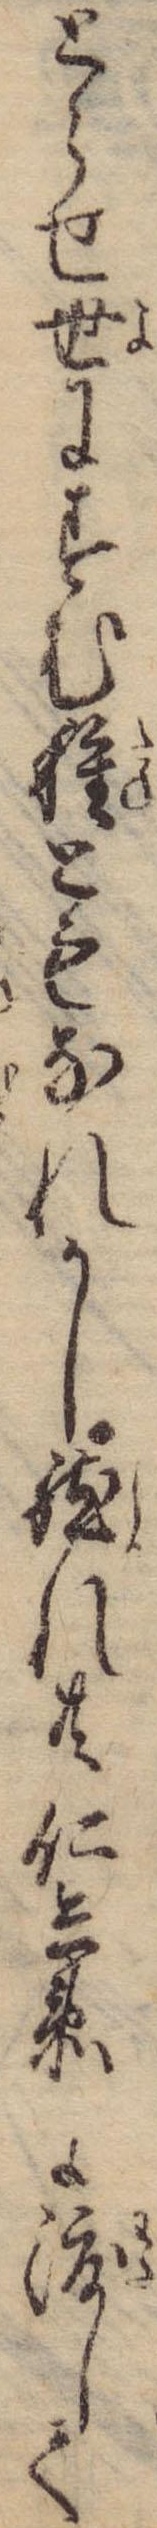
とらせ世にすむ種ともなれかし然れ共仁兵衛に渡して